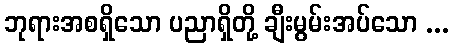
ဘုရားအစရှိသော ပညာရှိတို့ ချီးမွမ်းအပ်သော ...